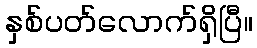
နှစ်ပတ်လောက်ရှိပြီ။